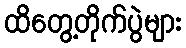
ထိတွေ့တိုက်ပွဲများ